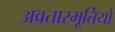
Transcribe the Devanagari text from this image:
अवतारमूर्तियों